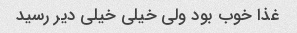
غذا خوب بود ولی خیلی خیلی دیر رسید